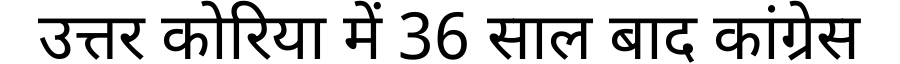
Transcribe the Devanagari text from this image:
उत्तर कोरिया में 36 साल बाद कांग्रेस